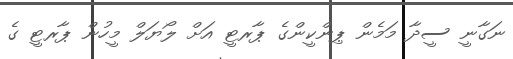
ނަގާނީ ސީދާ މަމެން ޕިންކީންގެ ޕާރޓީ އަށް ލޯޔަލް މީހުން ޕާރޓީ ގެ